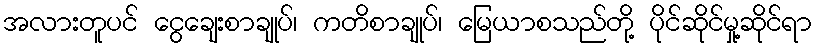
အလားတူပင် ငွေချေးစာချုပ်၊ ကတိစာချုပ်၊ မြေယာစသည်တို့ ပိုင်ဆိုင်မှု့ဆိုင်ရာ